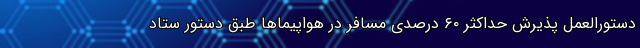
دستورالعمل پذیرش حداکثر ۶۰ درصدی مسافر در هواپیماها طبق دستور ستاد